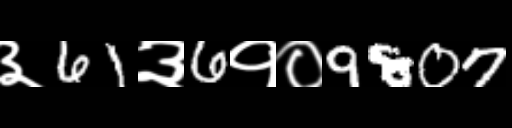
Text: ३61३6१०9807